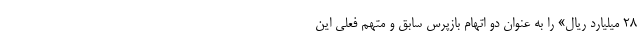
۲۸ میلیارد ریال» را به عنوان دو اتهام بازپرس سابق و متهم فعلی این